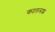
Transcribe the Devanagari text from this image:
कालसप्र